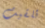
تلقيت